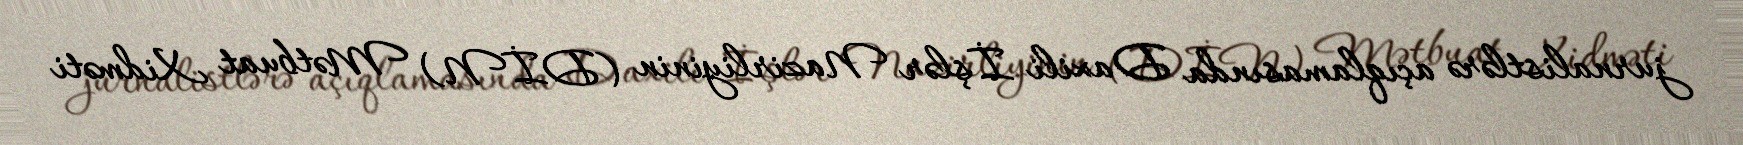
jurnalistlərə açıqlamasında Daxili İşlər Nazirliyinin (DİN) Mətbuat Xidməti